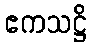
ဧကသဋ္ဌိ